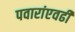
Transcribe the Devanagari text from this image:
पवारांएवढी